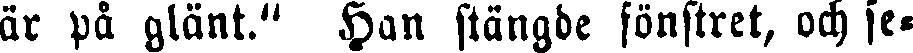
är på glänt." Han stängde fönstret, och se-